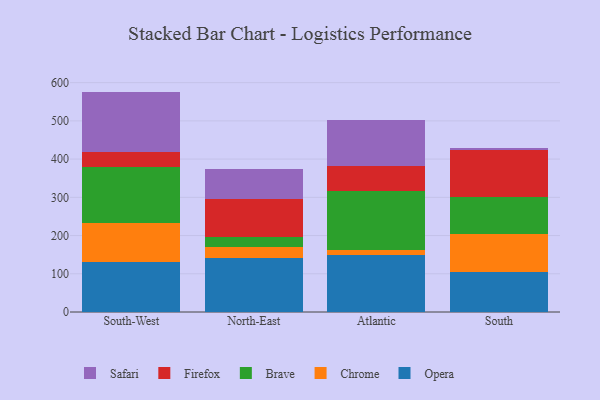
{"axis": {"x": "Region", "y": "Customer Acquisition Cost (USD)"}, "legend": ["Brave", "Chrome", "Firefox", "Opera", "Safari"], "data": [{"x": "South-West", "y": 129.8, "type": "Opera"}, {"x": "South-West", "y": 103.3, "type": "Chrome"}, {"x": "South-West", "y": 145.3, "type": "Brave"}, {"x": "South-West", "y": 39.3, "type": "Firefox"}, {"x": "South-West", "y": 158.9, "type": "Safari"}, {"x": "North-East", "y": 141.2, "type": "Opera"}, {"x": "North-East", "y": 28.6, "type": "Chrome"}, {"x": "North-East", "y": 26.2, "type": "Brave"}, {"x": "North-East", "y": 99.3, "type": "Firefox"}, {"x": "North-East", "y": 79.7, "type": "Safari"}, {"x": "Atlantic", "y": 147.9, "type": "Opera"}, {"x": "Atlantic", "y": 13.7, "type": "Chrome"}, {"x": "Atlantic", "y": 155.2, "type": "Brave"}, {"x": "Atlantic", "y": 65.7, "type": "Firefox"}, {"x": "Atlantic", "y": 120.6, "type": "Safari"}, {"x": "South", "y": 103.9, "type": "Opera"}, {"x": "South", "y": 100.6, "type": "Chrome"}, {"x": "South", "y": 96.0, "type": "Brave"}, {"x": "South", "y": 123.5, "type": "Firefox"}, {"x": "South", "y": 6.0, "type": "Safari"}]}